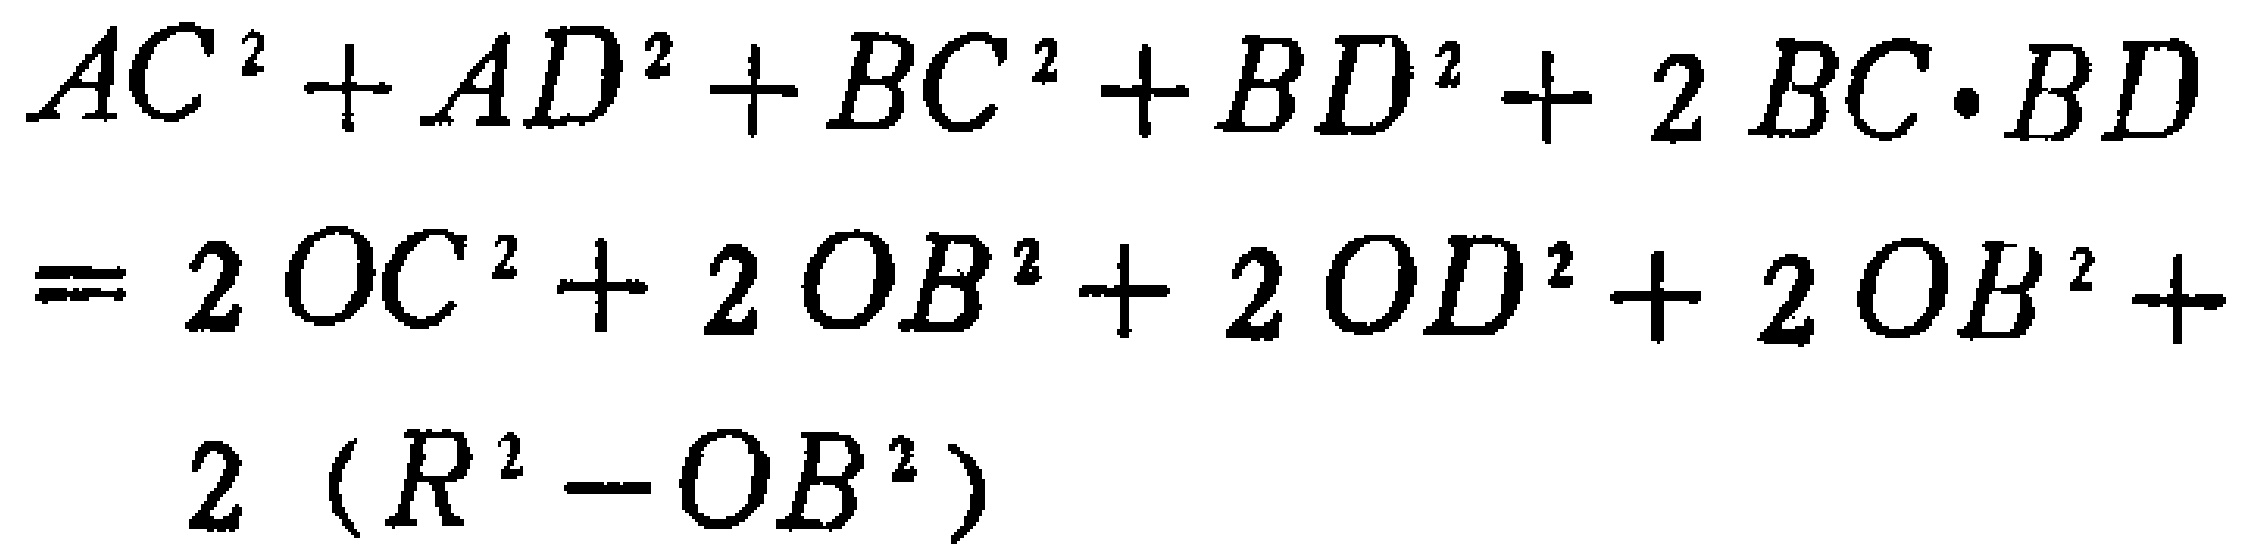
\[
\begin{align*}
&AC^{2}+AD^{2}+BC^{2}+BD^{2}+2BC\cdot BD\\
=& 2OC^{2}+2OB^{2}+2OD^{2}+2OB^{2}+\\
&2\left(R^{2}-OB^{2}\right)
\end{align*}
\]